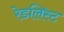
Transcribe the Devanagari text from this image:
रेडलिस्ट